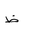
Letter: _za